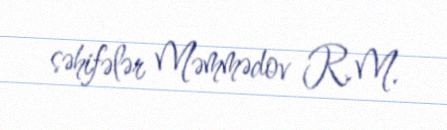
səhifələr Məmmədov R.M.